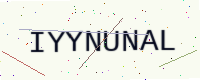
Text: IYYNUNAL